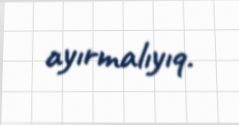
ayırmalıyıq.